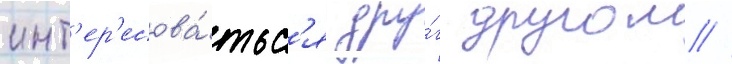
инт'ер'есова́тьс'я дру́г другом //